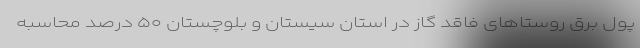
پول برق روستاهای فاقد گاز در استان سیستان و بلوچستان ۵۰ درصد محاسبه